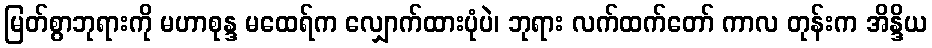
မြတ်စွာဘုရားကို မဟာစုန္ဒ မထေရ်က လျှောက်ထားပုံပဲ၊ ဘုရား လက်ထက်တော် ကာလ တုန်းက အိန္ဒိယ